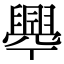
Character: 𦦡